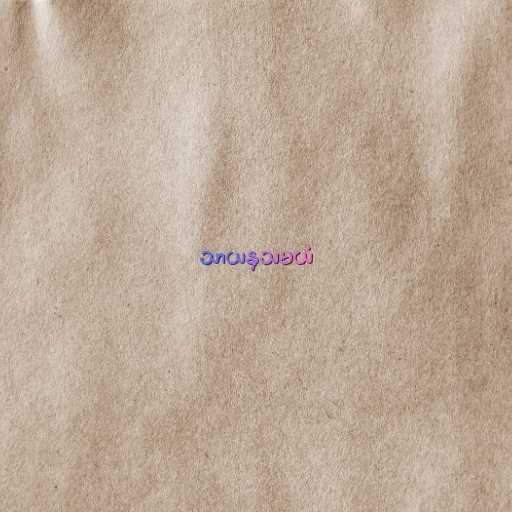
သာယနှသမယံ